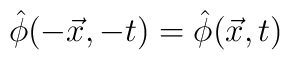
\hat{\phi}(-\vec{x},-t)=\hat{\phi}(\vec{x},t)